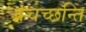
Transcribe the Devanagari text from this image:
प्रचच्छन्ति